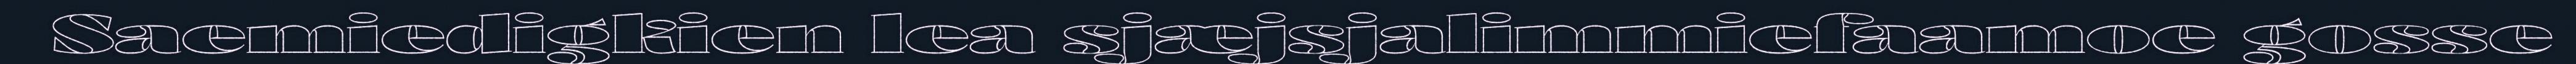
Saemiedigkien lea sjæjsjalimmiefaamoe gosse